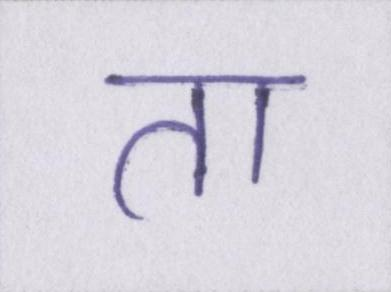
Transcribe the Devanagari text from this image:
ता